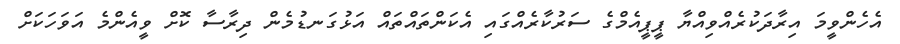
އެހެންވީމަ އިރާދަކުރެއްވިއްޔާ ޕީޕީއެމްގެ ސަރުކާރެއްގައި އެކަންތައްތައް އަޅުގަނޑުމެން ދިރާސާ ކޮށް ވީއެންމެ އަވަހަކަށް